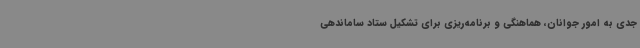
جدی به امور جوانان، هماهنگی و برنامه‌ریزی برای تشکیل ستاد ساماندهی